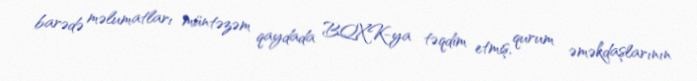
barədə məlumatları müntəzəm qaydada BQXK-ya təqdim etmiş, qurum əməkdaşlarının